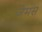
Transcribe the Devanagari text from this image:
जेमस